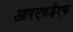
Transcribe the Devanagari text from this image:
आरएफईएफ